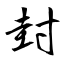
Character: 封